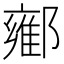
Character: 𬪘